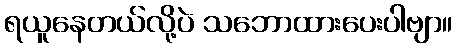
ရယူနေတယ်လို့ပဲ သဘောထားပေးပါဗျာ။